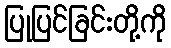
ပြုပြင်ခြင်းတို့ကို